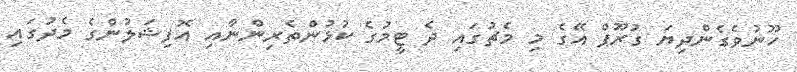
ހޫނުވެގެންދިޔަ ގުރޫޕް އޭގެ މި މެޗުގައި ދެ ޓީމުގެ ކުޅުންތެރިންނާއި އޮފިޝަލުންގެ މެދުގައި